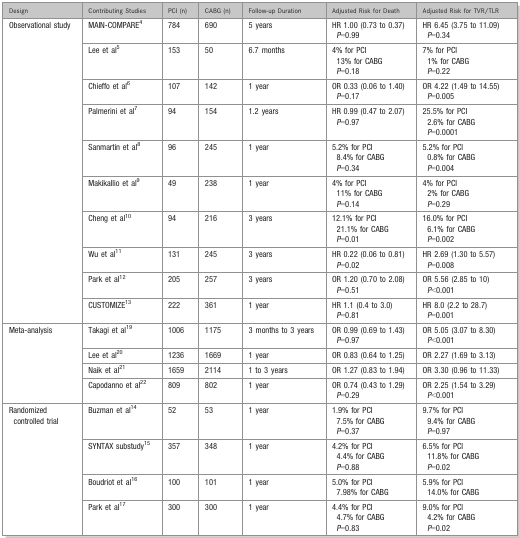
<table><thead><tr><td><b>Design</b></td><td><b>Contributing Studies</b></td><td><b>PCI (n)</b></td><td><b>CABG (n)</b></td><td><b>Follow‐up Duration</b></td><td><b>Adjusted Risk for Death</b></td><td><b>Adjusted Risk for TVR/TLR</b></td></tr></thead><tbody><tr><td rowspan="10">Observational study</td><td>MAIN‐COMPARE<sup>4</sup></td><td>784</td><td>690</td><td>5 years</td><td>HR 1.00 (0.73 to 0.37)<i>P</i>=0.99</td><td>HR 6.45 (3.75 to 11.09)<i>P</i>=0.34</td></tr><tr><td>Lee et al<sup>5</sup></td><td>153</td><td>50</td><td>6.7 months</td><td>4% for PCI13% for CABG<i>P</i>=0.18</td><td>7% for PCI1% for CABG<i>P</i>=0.22</td></tr><tr><td>Chieffo et al<sup>6</sup></td><td>107</td><td>142</td><td>1 year</td><td>OR 0.33 (0.06 to 1.40)<i>P</i>=0.17</td><td>OR 4.22 (1.49 to 14.55)<i>P</i>=0.005</td></tr><tr><td>Palmerini et al<sup>7</sup></td><td>94</td><td>154</td><td>1.2 years</td><td>HR 0.99 (0.47 to 2.07)<i>P</i>=0.97</td><td>25.5% for PCI2.6% for CABG<i>P</i>=0.0001</td></tr><tr><td>Sanmartin et al<sup>8</sup></td><td>96</td><td>245</td><td>1 year</td><td>5.2% for PCI8.4% for CABG<i>P</i>=0.34</td><td>5.2% for PCI0.8% for CABG<i>P</i>=0.004</td></tr><tr><td>Makikallio et al<sup>9</sup></td><td>49</td><td>238</td><td>1 year</td><td>4% for PCI11% for CABG<i>P</i>=0.14</td><td>4% for PCI2% for CABG<i>P</i>=0.29</td></tr><tr><td>Cheng et al<sup>10</sup></td><td>94</td><td>216</td><td>3 years</td><td>12.1% for PCI21.1% for CABG<i>P</i>=0.01</td><td>16.0% for PCI6.1% for CABG<i>P</i>=0.002</td></tr><tr><td>Wu et al<sup>11</sup></td><td>131</td><td>245</td><td>3 years</td><td>HR 0.22 (0.06 to 0.81)<i>P</i>=0.02</td><td>HR 2.69 (1.30 to 5.57)<i>P</i>=0.008</td></tr><tr><td>Park et al<sup>12</sup></td><td>205</td><td>257</td><td>3 years</td><td>OR 1.20 (0.70 to 2.08)<i>P</i>=0.51</td><td>OR 5.56 (2.85 to 10)<i>P</i>&lt;0.001</td></tr><tr><td>CUSTOMIZE<sup>13</sup></td><td>222</td><td>361</td><td>1 year</td><td>HR 1.1 (0.4 to 3.0)<i>P</i>=0.81</td><td>HR 8.0 (2.2 to 28.7)<i>P</i>=0.001</td></tr><tr><td rowspan="4">Meta‐analysis</td><td>Takagi et al<sup>19</sup></td><td>1006</td><td>1175</td><td>3 months to 3 years</td><td>OR 0.99 (0.69 to 1.43)<i>P</i>=0.97</td><td>OR 5.05 (3.07 to 8.30)<i>P</i>&lt;0.001</td></tr><tr><td>Lee et al<sup>20</sup></td><td>1236</td><td>1669</td><td>1 year</td><td>OR 0.83 (0.64 to 1.25)</td><td>OR 2.27 (1.69 to 3.13)</td></tr><tr><td>Naik et al<sup>21</sup></td><td>1659</td><td>2114</td><td>1 to 3 years</td><td>OR 1.27 (0.83 to 1.94)</td><td>OR 3.30 (0.96 to 11.33)</td></tr><tr><td>Capodanno et al<sup>22</sup></td><td>809</td><td>802</td><td>1 year</td><td>OR 0.74 (0.43 to 1.29)<i>P</i>=0.29</td><td>OR 2.25 (1.54 to 3.29)<i>P</i>&lt;0.001</td></tr><tr><td rowspan="4">Randomized controlled trial</td><td>Buzman et al<sup>14</sup></td><td>52</td><td>53</td><td>1 year</td><td>1.9% for PCI7.5% for CABG<i>P</i>=0.37</td><td>9.7% for PCI9.4% for CABG<i>P</i>=0.97</td></tr><tr><td>SYNTAX substudy<sup>15</sup></td><td>357</td><td>348</td><td>1 year</td><td>4.2% for PCI4.4% for CABG<i>P</i>=0.88</td><td>6.5% for PCI11.8% for CABG<i>P</i>=0.02</td></tr><tr><td>Boudriot et al<sup>16</sup></td><td>100</td><td>101</td><td>1 year</td><td>5.0% for PCI7.98% for CABG</td><td>5.9% for PCI14.0% for CABG</td></tr><tr><td>Park et al<sup>17</sup></td><td>300</td><td>300</td><td>1 year</td><td>4.4% for PCI4.7% for CABG<i>P</i>=0.83</td><td>9.0% for PCI4.2% for CABG<i>P</i>=0.02</td></tr></tbody></table>